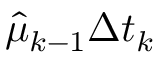
\hat { \mu } _ { k - 1 } \Delta t _ { k }